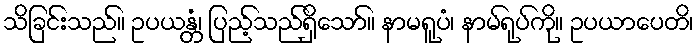
သိခြင်းသည်။ ဥပယန္တံ၊ ပြည့်သည်ရှိသော်။ နာမရူပံ၊ နာမ်ရုပ်ကို။ ဥပယာပေတိ၊